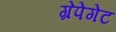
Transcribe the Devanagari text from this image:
ग्रेपेगेट